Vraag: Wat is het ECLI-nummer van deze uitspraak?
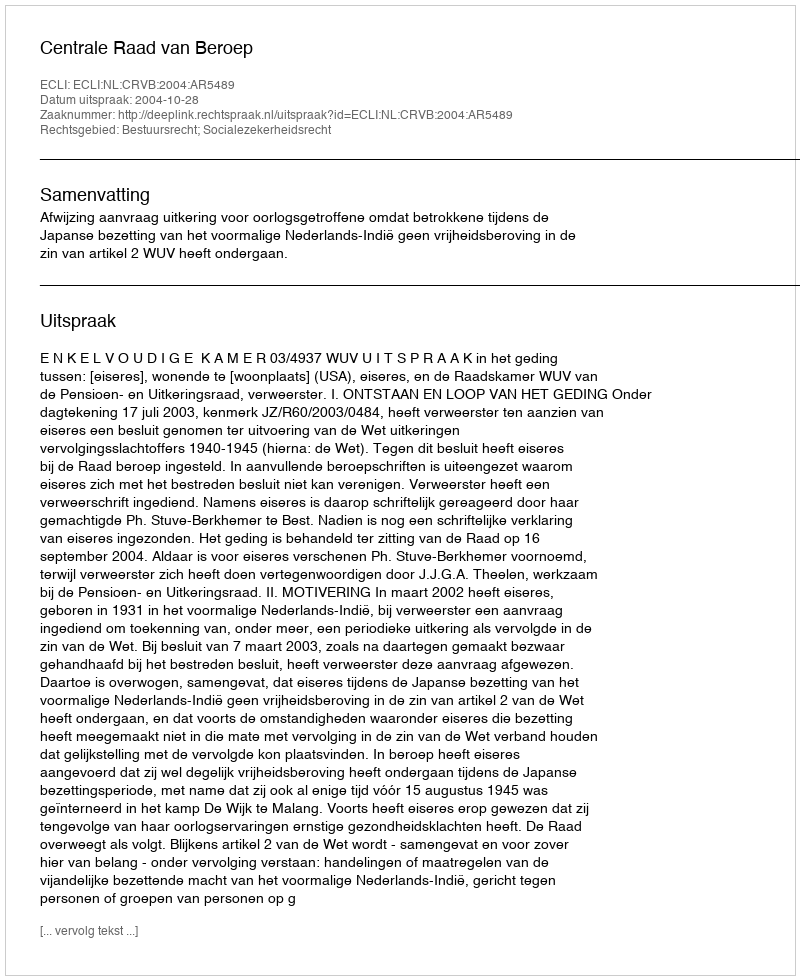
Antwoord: ECLI:NL:CRVB:2004:AR5489